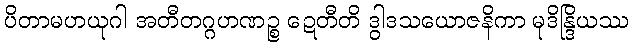
ပိတာမဟယုဂါ အတီတဂ္ဂဟဏဉ္စ ဍေတီတိ ဒွါဒသယောဇနိကာ မုဒိန္ဒြိယဿ